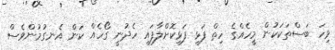
ވިހަ ބަސްތަކަކުން މީހެއްގެ ހިތް ފަޅި ފަޅިކޮށްލާފައި ހެދުނީ ގޯހެއް ކަން އެނގުމުންވެސް